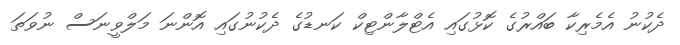
ދެކުނު އެމެރިކާ ބައްރުގެ ކޮޅުގައި އެޓްލާންޓިކް ކަނޑުގެ ދެކުނުގައި އޮންނަ މަލްވީނަސް ނުވަތަ